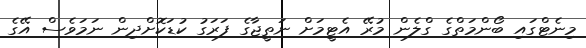
މިނެޓްގައި ބޯންމަތްގެ ގްލެން މުރޭ އެޓީމަށް ނަތީޖާގެ ފަރަގު ކުޑަކޮށްދިން ނަމަވެސް އޭގެ